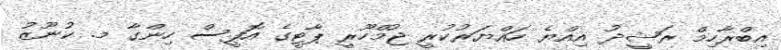
އިބްރާހިމް ރަޝީދު އިއްޔެ ހައްޔަރުކުރީ ޖުމްހޫރީ ޕާޓީގެ އޮފީސް ހިންގާ މ. ކުނޫޒު